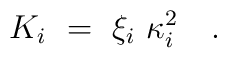
K_i ~=~\xi_i ~\kappa_i^2 \quad .